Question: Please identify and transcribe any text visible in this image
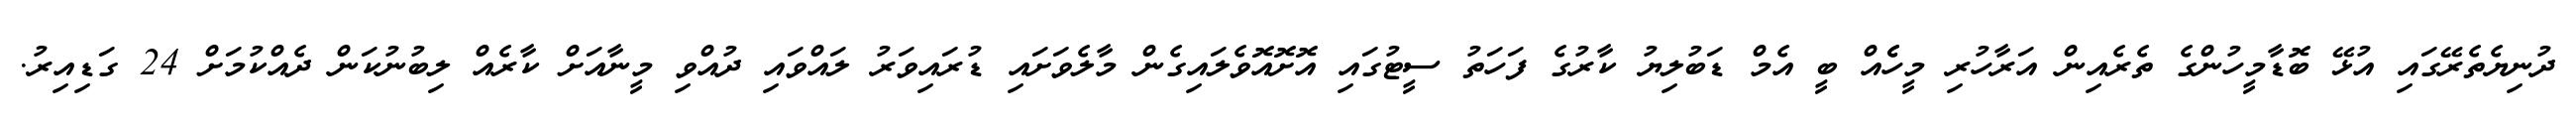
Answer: ދުނިޔެތެރޭގައި އުޅޭ ބޮޑާމީހުންގެ ތެރެއިން އަރާހުރި މީހެެއް ބީ އެމް ޑަބުލިޔު ކާރުގެ ފަހަތު ސީޓުގައި އޮށޮއޮވެލައިގެން މާލެވަށައި ޑުރައިވަރު ލައްވައި ދުއްވި މީނާއަށް ކާރެއް ލިބުނުކަން ދެއްކުމަށް 24 ގަޑިއިރު.